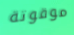
موقوتة